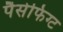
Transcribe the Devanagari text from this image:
पैसेफिग्ट